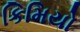
કિમિયો